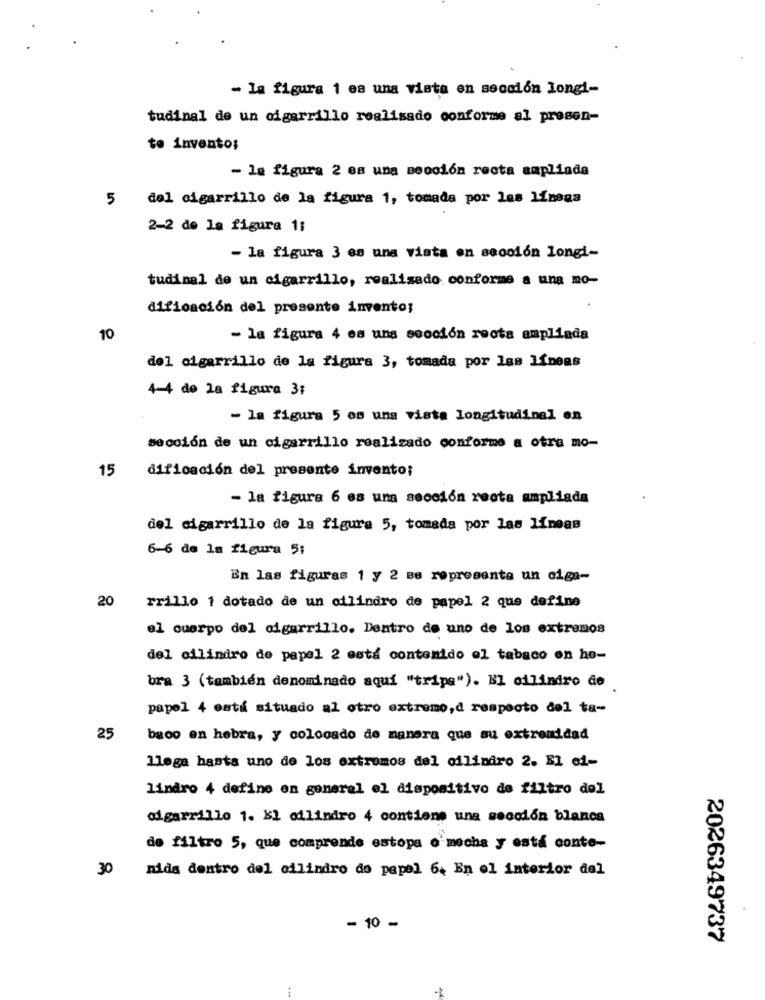
- la figura 1 es una vista en sección longi-
tudinal de un cigarrillo realizado conforme al presen-
to invento;
- la figura 2 es una sección recta ampliada
5 del cigarrillo de la figura 1, tomada por las líneas
2-2 de la figura 1;
- la figura 3 es una vista en sección longi-
tudinal de un cigarrillo, realizado conforme a una mo-
dificación del presente invento;
10
- la figura 4 es una sección recta ampliada
del cigarrillo de la figura 3, tomada por las líneas
4-4 de la figura 3:
- la figura 5 os una vista longitudinal en
sección de un cigarrillo realizado conforme a otra mo-
15
dificación del presente invento;
- la figura 6 es una sección recta ampliada
del cigarrillo de la figura 5, tomada por las líneas
6-6 de la figura 5:
En las figuras 1 y 2 se representa un ciga-
20
rrillo 1 dotado de un cilindro de papel 2 que define
el cuerpo del cigarrillo. Dentro de uno de los extremos
del cilindro de papel 2 está contenido el tabaco on he-
bra 3 (tambien denominado aqui "tripa"). Bl cilindro de
papel 4 está situado al otro extremo,d respecto del ta-
25
baco en hebra, y colocado de manera que su extremidad
llega hasta uno de los extremos del cilindro 2. El ei-
lindro 4 define en general el dispositivo de filtro del
cigarrillo 1. El cilindro 4 contiene una sección blanca
de filtro 5, que comprende estopa o mecha y está conte-
30
nids dentro del cilindro de papel 6. En el interior del
- 10 -
2026349737